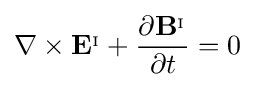
\nabla \times \mathbf {E} ^{_{\mathrm {I} }}+{\frac {\partial \mathbf {B} ^{_{\mathrm {I} }}}{\partial t}}=0